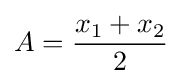
A={\frac {x_{1}+x_{2}}{2}}